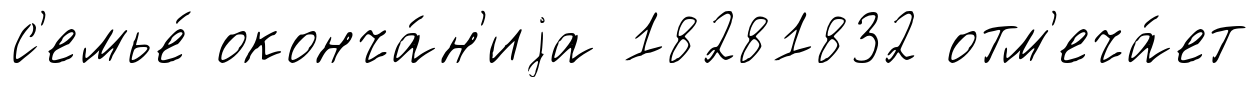
с'емье́ оконча́н'иjа 18281832 отм'еча́ет